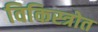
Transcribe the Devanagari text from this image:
विकिस्त्रोत